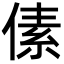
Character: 傃